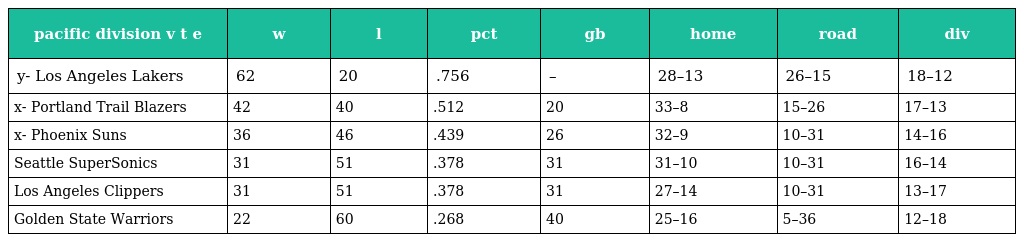
| pacific division v t e | w | l | pct | gb | home | road | div |
 | --- | --- | --- | --- | --- | --- | --- | --- |
 | y- Los Angeles Lakers | 62 | 20 | .756 | – | 28–13 | 26–15 | 18–12 |
 | x- Portland Trail Blazers | 42 | 40 | .512 | 20 | 33–8 | 15–26 | 17–13 |
 | x- Phoenix Suns | 36 | 46 | .439 | 26 | 32–9 | 10–31 | 14–16 |
 | Seattle SuperSonics | 31 | 51 | .378 | 31 | 31–10 | 10–31 | 16–14 |
 | Los Angeles Clippers | 31 | 51 | .378 | 31 | 27–14 | 10–31 | 13–17 |
 | Golden State Warriors | 22 | 60 | .268 | 40 | 25–16 | 5–36 | 12–18 |